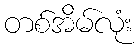
တစ်အိမ်လုံး